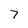
Character: 7